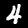
Digit: 4